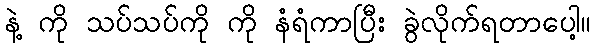
နဲ့ ကို သပ်သပ်ကို ကို နံရံကာပြီး ခွဲလိုက်ရတာပေါ့။